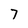
Character: 7